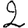
Digit: 2